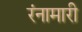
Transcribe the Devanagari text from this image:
रंनामारी